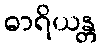
ဓာရိယန္တ